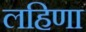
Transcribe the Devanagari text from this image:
लहिणा